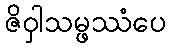
ဇိဝှါသမ္ဖဿံပေ